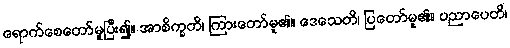
ရောက်စေတော်မူပြီး၍။ အာစိက္ခတိ၊ ကြားတော်မူ၏။ ဒေသေတိ၊ ပြတော်မူ၏။ ပညာပေတိ၊